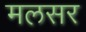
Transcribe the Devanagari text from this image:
मलसर